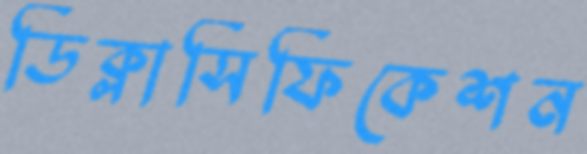
ডিক্লাসিফিকেশন